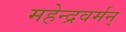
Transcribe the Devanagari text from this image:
महेन्द्रवर्मन्